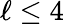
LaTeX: \ell\leq 4